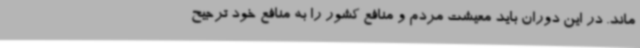
ماند. در این دوران باید معیشت مردم و منافع کشور را به منافع خود ترجیح